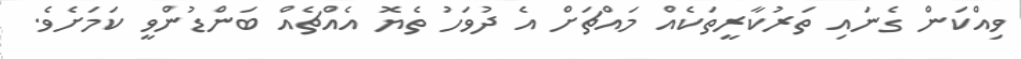
ވިއްކަން ގެނައި ތަރުކާރީތަކެއް މައްޗަށް އެ ދުވަހު ތެޔޮ އެއްޗެއް ބަންޑުންވީ ކަމަށެވެ.